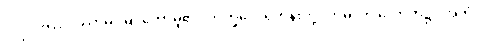
ပုဂ္ဂိုလ်ကို။ ပဿာမိ၊ မြင်တော်မူ၏။ ဘိက္ခဝေ၊ ရဟန်းတို့။ ဣဓ၊ ဤလောက၌။ အဟံ၊